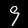
Digit: 9